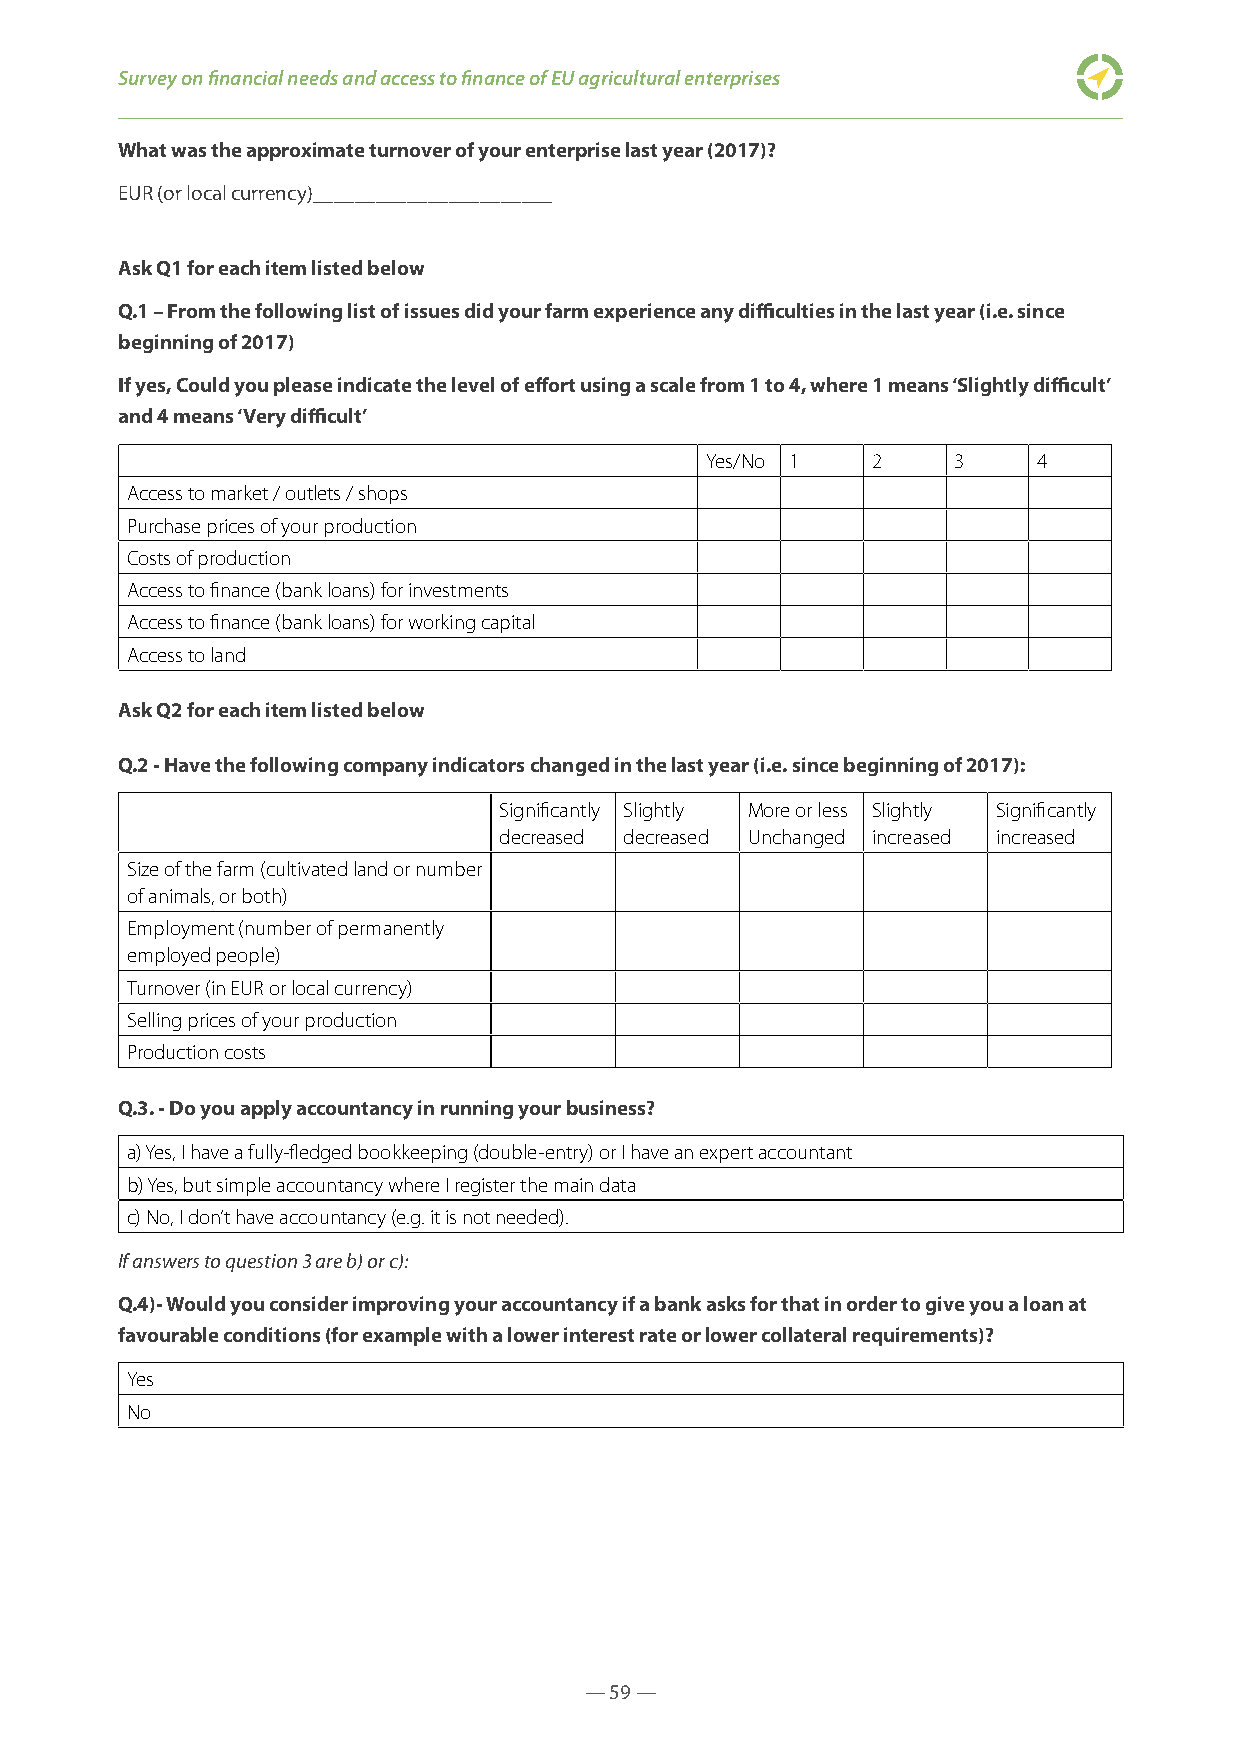
Survey on financial needs and access to finance of EU agricultural enterprises
 What was the approximate turnover of your enterprise last year (2017)?
 EUR (or local currency)_______________________
 Ask Q1 for each item listed below
 Q.1 – From the following list of issues did your farm experience any difficulties in the last year (i.e. since
 beginning of 2017)
 If yes, Could you please indicate the level of effort using a scale from 1 to 4, where 1 means ‘Slightly difficult’
 and 4 means ‘Very difficult’
 Yes/No 1   2    3     4
 Access to market / outlets / shops
 Purchase prices of your production
 Costs of production
 Access to finance (bank loans) for investments
 Access to finance (bank loans) for working capital
 Access to land
 Ask Q2 for each item listed below
 Q.2 - Have the following company indicators changed in the last year (i.e. since beginning of 2017):
 Significantly Slightly More or less Slightly Significantly
 decreased decreased Unchanged increased increased
 Size of the farm (cultivated land or number
 of animals, or both)
 Employment (number of permanently
 employed people)
 Turnover (in EUR or local currency)
 Selling prices of your production
 Production costs
 Q.3. - Do you apply accountancy in running your business?
 a) Yes, I have a fully-fledged bookkeeping (double-entry) or I have an expert accountant
 b) Yes, but simple accountancy where I register the main data
 c) No, I don’t have accountancy (e.g. it is not needed).
 If answers to question 3 are b) or c):
 Q.4)- Would you consider improving your accountancy if a bank asks for that in order to give you a loan at
 favourable conditions (for example with a lower interest rate or lower collateral requirements)?
 Yes
 No
 — 59 —